画像に写った文字を読んでください
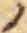
「ノ」と書いてあります